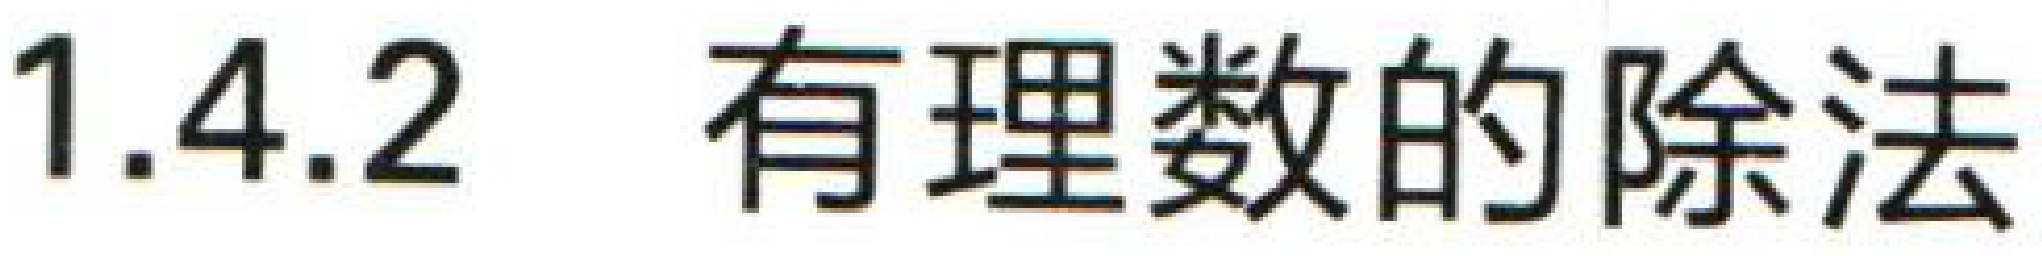
$1.4.2\quad 有理数的除法$